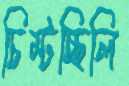
চিম্‌টচ্ছিলি